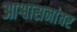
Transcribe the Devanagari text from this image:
आश्वासनांवर